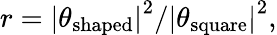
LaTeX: r=\left|\theta_{\textrm{shaped}}\right|^{2}/\left|\theta_{\textrm{square}}\right|^{2},